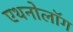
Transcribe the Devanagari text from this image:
एथनोलॉग